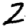
Digit: 2